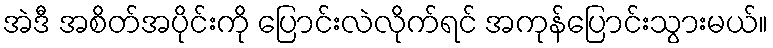
အဲဒီ အစိတ်အပိုင်းကို ပြောင်းလဲလိုက်ရင် အကုန်ပြောင်းသွားမယ်။